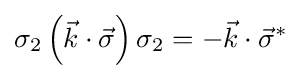
\sigma _{2}\left({\vec {k}}\cdot {\vec {\sigma }}\right)\sigma _{2}=-{\vec {k}}\cdot {\vec {\sigma }}^{*}